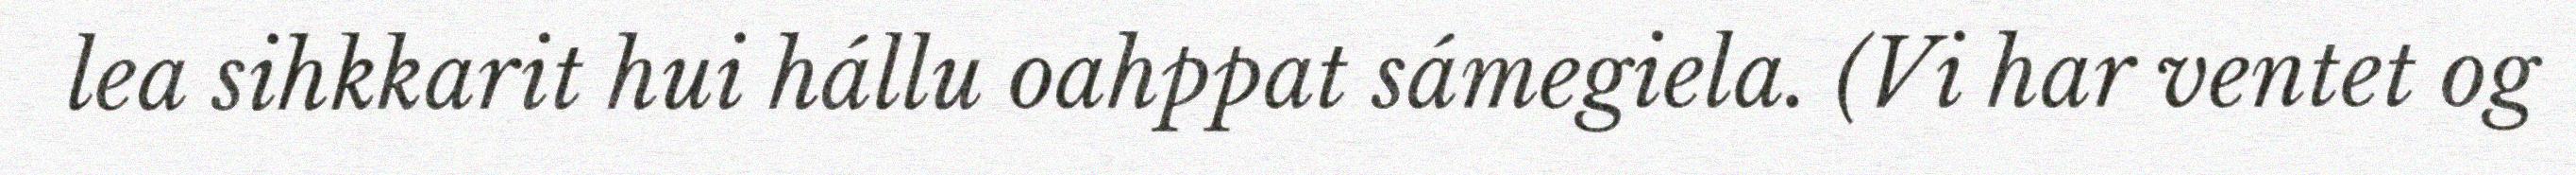
lea sihkkarit hui hállu oahppat sámegiela. (Vi har ventet og